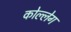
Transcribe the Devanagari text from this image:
कोल्लेग